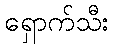
ရှောက်သီး